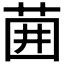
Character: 𫈁